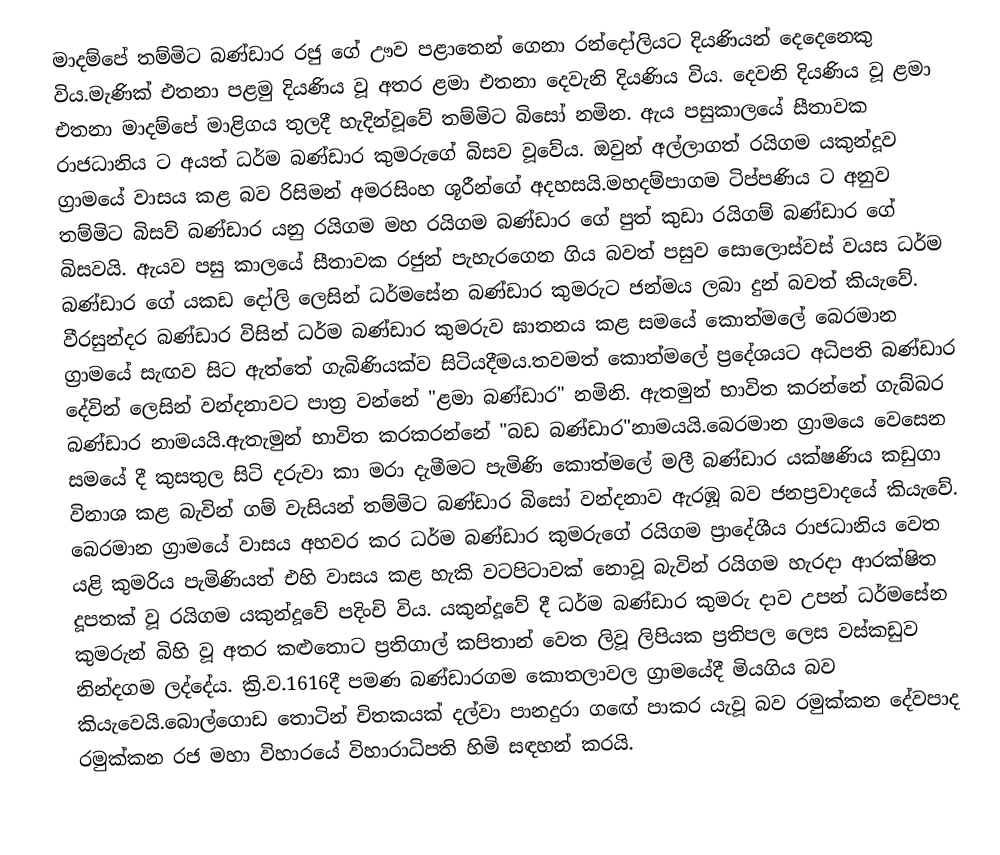
මාදම්පේ තම්මිට බණ්ඩාර රජු ගේ ඌව පළාතෙන් ගෙනා රන්දෝලියට දියණියන් දෙදෙනෙකු විය.මැණික් එතනා පළමු දියණිය වූ අතර ළමා එතනා දෙවැනි දියණිය විය. දෙවනි දියණිය වූ ළමා එතනා මාදම්පේ මාළිගය තුලදී හැදින්වූවේ තම්මිට බිසෝ  නමින. ඇය පසුකාලයේ සීතාවක රාජධානිය ට අයත් ධර්ම බණ්ඩාර  කුමරුගේ බිසව වූවේය. ඔවුන් අල්ලාගත් රයිගම  යකුන්දූව ග්‍රාමයේ වාසය කළ බව රිසිමන් අමරසිංහ ශූරීන්ගේ අදහසයි.මහදම්පාගම ටිප්පණිය ට අනුව තම්මිට බිසව් බණ්ඩාර යනු රයිගම මහ රයිගම බණ්ඩාර ගේ පුත් කුඩා රයිගම් බණ්ඩාර ගේ බිසවයි. ඇයව පසු කාලයේ සීතාවක රජුන් පැහැරගෙන ගිය බවත් පසුව සොලොස්වස් වයස ධර්ම බණ්ඩාර ගේ යකඩ දෝලි ලෙසින් ධර්මසේන බණ්ඩාර කුමරුට ජන්මය ලබා දුන් බවත් කියැවේ. වීරසුන්දර බණ්ඩාර විසින් ධර්ම බණ්ඩාර කුමරුව ඝාතනය කළ සමයේ කොත්මලේ බෙරමාන ග්‍රාමයේ සැඟව සිට ඇත්තේ ගැබිණියක්ව සිටියදීමය.තවමත් කොත්මලේ ප්‍රදේශයට අධිපති බණ්ඩාර දේවින් ලෙසින් වන්දනාවට පාත්‍ර වන්නේ "ළමා බණ්ඩාර" නමිනි. ඇතමුන් භාවිත කරන්නේ ගැබ්බර බණ්ඩාර නාමයයි.ඇතැමුන් භාවිත කරකරන්නේ "බඩ බණ්ඩාර"නාමයයි.බෙරමාන ග්‍රාමයෙ වෙසෙන සමයේ දී කුසතුල සිටි දරුවා කා මරා දැමීමට පැමිණි කොත්මලේ මලී බණ්ඩාර යක්ෂණිය කඩුගා විනාශ කළ බැවින් ගම් වැසියන් තම්මිට බණ්ඩාර බිසෝ වන්දනාව ඇරඹූ බව ජනප්‍රවාදයේ කියැවේ. බෙරමාන ග්‍රාමයේ වාසය අහවර කර ධර්ම බණ්ඩාර කුමරුගේ රයිගම ප්‍රාදේශීය රාජධානිය වෙත යළි කුමරිය පැමිණියත් එහි වාසය කළ හැකි වටපිටාවක් නොවූ බැවින් රයිගම හැරදා  ආරක්ෂිත දූපතක් වූ රයිගම යකුන්දූවේ පදිංචි විය. යකුන්දූවේ දී ධර්ම බණ්ඩාර කුමරු දාව උපන් ධර්මසේන කුමරුන් බිහි වූ අතර කළුතොට ප්‍රතිගාල් කපිතාන් වෙත ලිවූ ලිපියක ප්‍රතිපල ලෙස වස්කඩුව නින්දගම ලද්දේය. ක්‍රි.ව.1616දී පමණ බණ්ඩාරගම කොතලාවල ග්‍රාමයේදී මියගිය බව කියැවෙයි.බොල්ගොඩ තොටින් චිතකයක් දල්වා පානදුරා ගඟේ පාකර යැවූ බව රමුක්කන දේවපාද රමුක්කන රජ මහා විහාරයේ විහාරාධිපති හිමි සඳහන් කරයි.